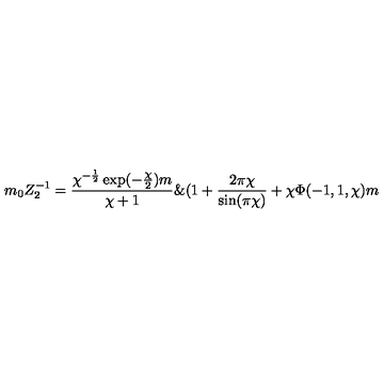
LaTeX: m _ { 0 } Z _ { 2 } ^ { - 1 } = \frac { \chi ^ { - \frac { 1 } { 2 } } \exp ( - \frac { \chi } { 2 } ) m } { \chi + 1 } \& ( 1 + \frac { 2 \pi \chi } { \sin ( \pi \chi ) } + \chi \Phi ( - 1 , 1 , \chi ) m